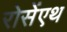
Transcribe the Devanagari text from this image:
रोसेंएथ